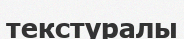
текстуралы